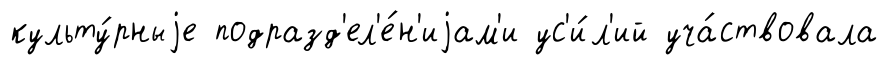
культу́рныjе подразд'ел'е́н'иjам'и ус'и́л'ий уча́ствовала